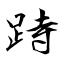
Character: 跱